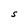
Character: S